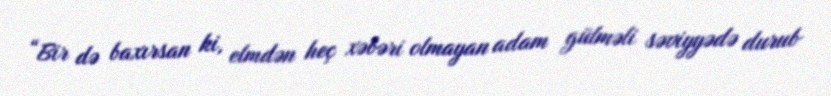
“Bir də baxırsan ki, elmdən heç xəbəri olmayan adam gülməli səviyyədə durub